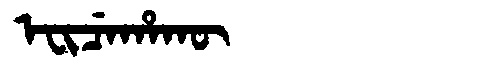
Manchu: ᡝᠸᡳᠴᡝᡥᠠᡴᡡ
Romanization: EFICEHAKŪ